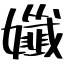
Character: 孅